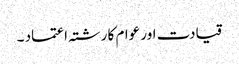
قیادت اور عوام کا رشتہ اعتماد ۔